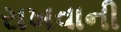
રાખવાની